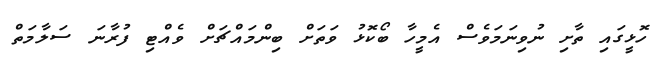
ހޮޅީގައި ތާށި ނުވިނަމަވެސް އެމީހާ ބޯކޮޅު ވަތަށް ބިންމައްޗަށް ވެއްޓި ފުރާނަ ސަލާމަތް